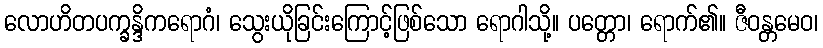
လောဟိတပက္ခန္ဒိကရောဂံ၊ သွေးယိုခြင်းကြောင့်ဖြစ်သော ရောဂါသို့။ ပတ္တော၊ ရောက်၏။ ဇီဝန္တမေဝ၊